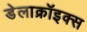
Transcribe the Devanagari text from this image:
डेलाक्रॉइक्स